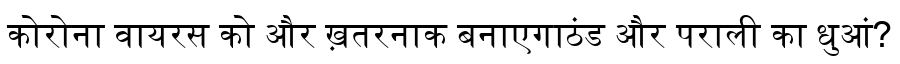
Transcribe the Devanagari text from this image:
कोरोना वायरस को और ख़तरनाक बनाएगाठंड और पराली का धुआं?